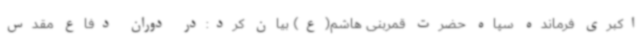
اکبری فرمانده سپاه حضرت قمربنی هاشم(ع) بیان کرد:در دوران دفاع مقدس